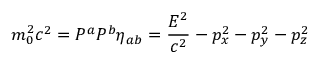
m _ { 0 } ^ { 2 } c ^ { 2 } = P ^ { a } P ^ { b } \eta _ { a b } = { \frac { E ^ { 2 } } { c ^ { 2 } } } - p _ { x } ^ { 2 } - p _ { y } ^ { 2 } - p _ { z } ^ { 2 }